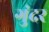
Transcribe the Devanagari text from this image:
गुंदर